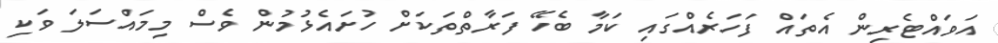
އަވައްޓެރިން އެތައް ފަހަރެއްގައި ކަމާ ބެހޭ ފަރާތްތަކަށް ހުށައެޅުމުން ވެސް މިމައްސަލަ ވަކި